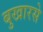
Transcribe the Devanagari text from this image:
बुखारसे